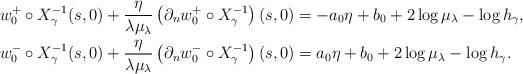
LaTeX: \begin{align*}\begin{aligned} w_0^+\circ X^{-1}_\gamma(s,0)+\frac{\eta}{\lambda\mu_\lambda}\left(\partial_n w_0^+\circ X^{-1}_\gamma\right)(s,0)&=-a_0\eta+b_0+2\log\mu_\lambda-\log h_\gamma,\\w_0^- \circ X^{-1}_\gamma(s,0)+\frac{\eta}{\lambda\mu_\lambda}\left(\partial_n w_0^-\circ X^{-1}_\gamma\right)(s,0)&=a_0\eta+b_0+2\log\mu_\lambda-\log h_\gamma.\end{aligned}\end{align*}